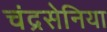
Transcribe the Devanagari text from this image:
चंद्रसेनिया